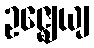
ဥဇ္ဈေယျ